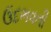
ઉદભવતી